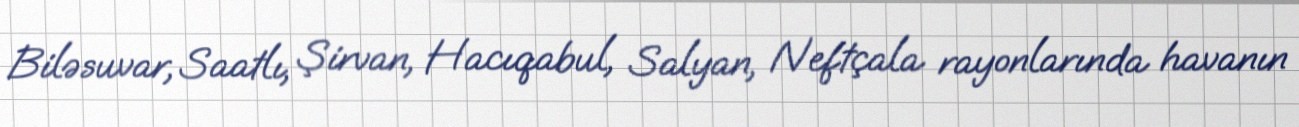
Biləsuvar, Saatlı, Şirvan, Hacıqabul, Salyan, Neftçala rayonlarında havanın